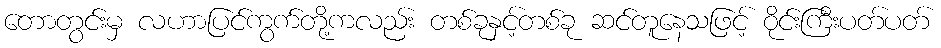
တောတွင်းမှ လဟာပြင်ကွက်တို့ကလည်း တစ်ခုနှင့်တစ်ခု ဆင်တူနေသဖြင့် ဝိုင်းကြီးပတ်ပတ်